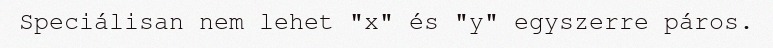
Speciálisan nem lehet "x" és "y" egyszerre páros.